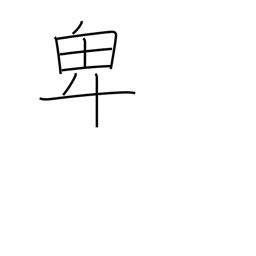
Meaning: lowly